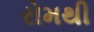
રોમથી